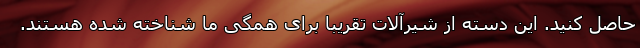
حاصل کنید. این دسته از شیرآلات تقریبا برای همگی ما شناخته شده هستند.